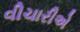
વીચારીએ